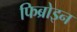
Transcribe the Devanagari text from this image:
फिब्रोइन